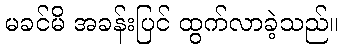
မခင်မိ အခန်းပြင် ထွက်လာခဲ့သည်။